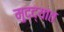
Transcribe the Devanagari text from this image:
मुद्द्यात